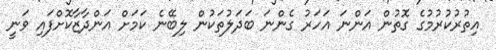
އިތުރުކުރުމުގެ ގޮތުން އަންނަ އަހަރު ގެންނަ ބަދަލުތަކުން ލިބޭނެ ކަމަށް އަންދާޒާކޮށްފައި ވަނީ